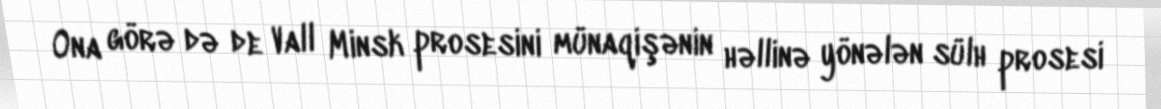
Ona görə də de Vall Minsk prosesini münaqişənin həllinə yönələn sülh prosesi